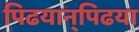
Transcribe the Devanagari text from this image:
पिढयान्‌पिढया